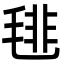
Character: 毴